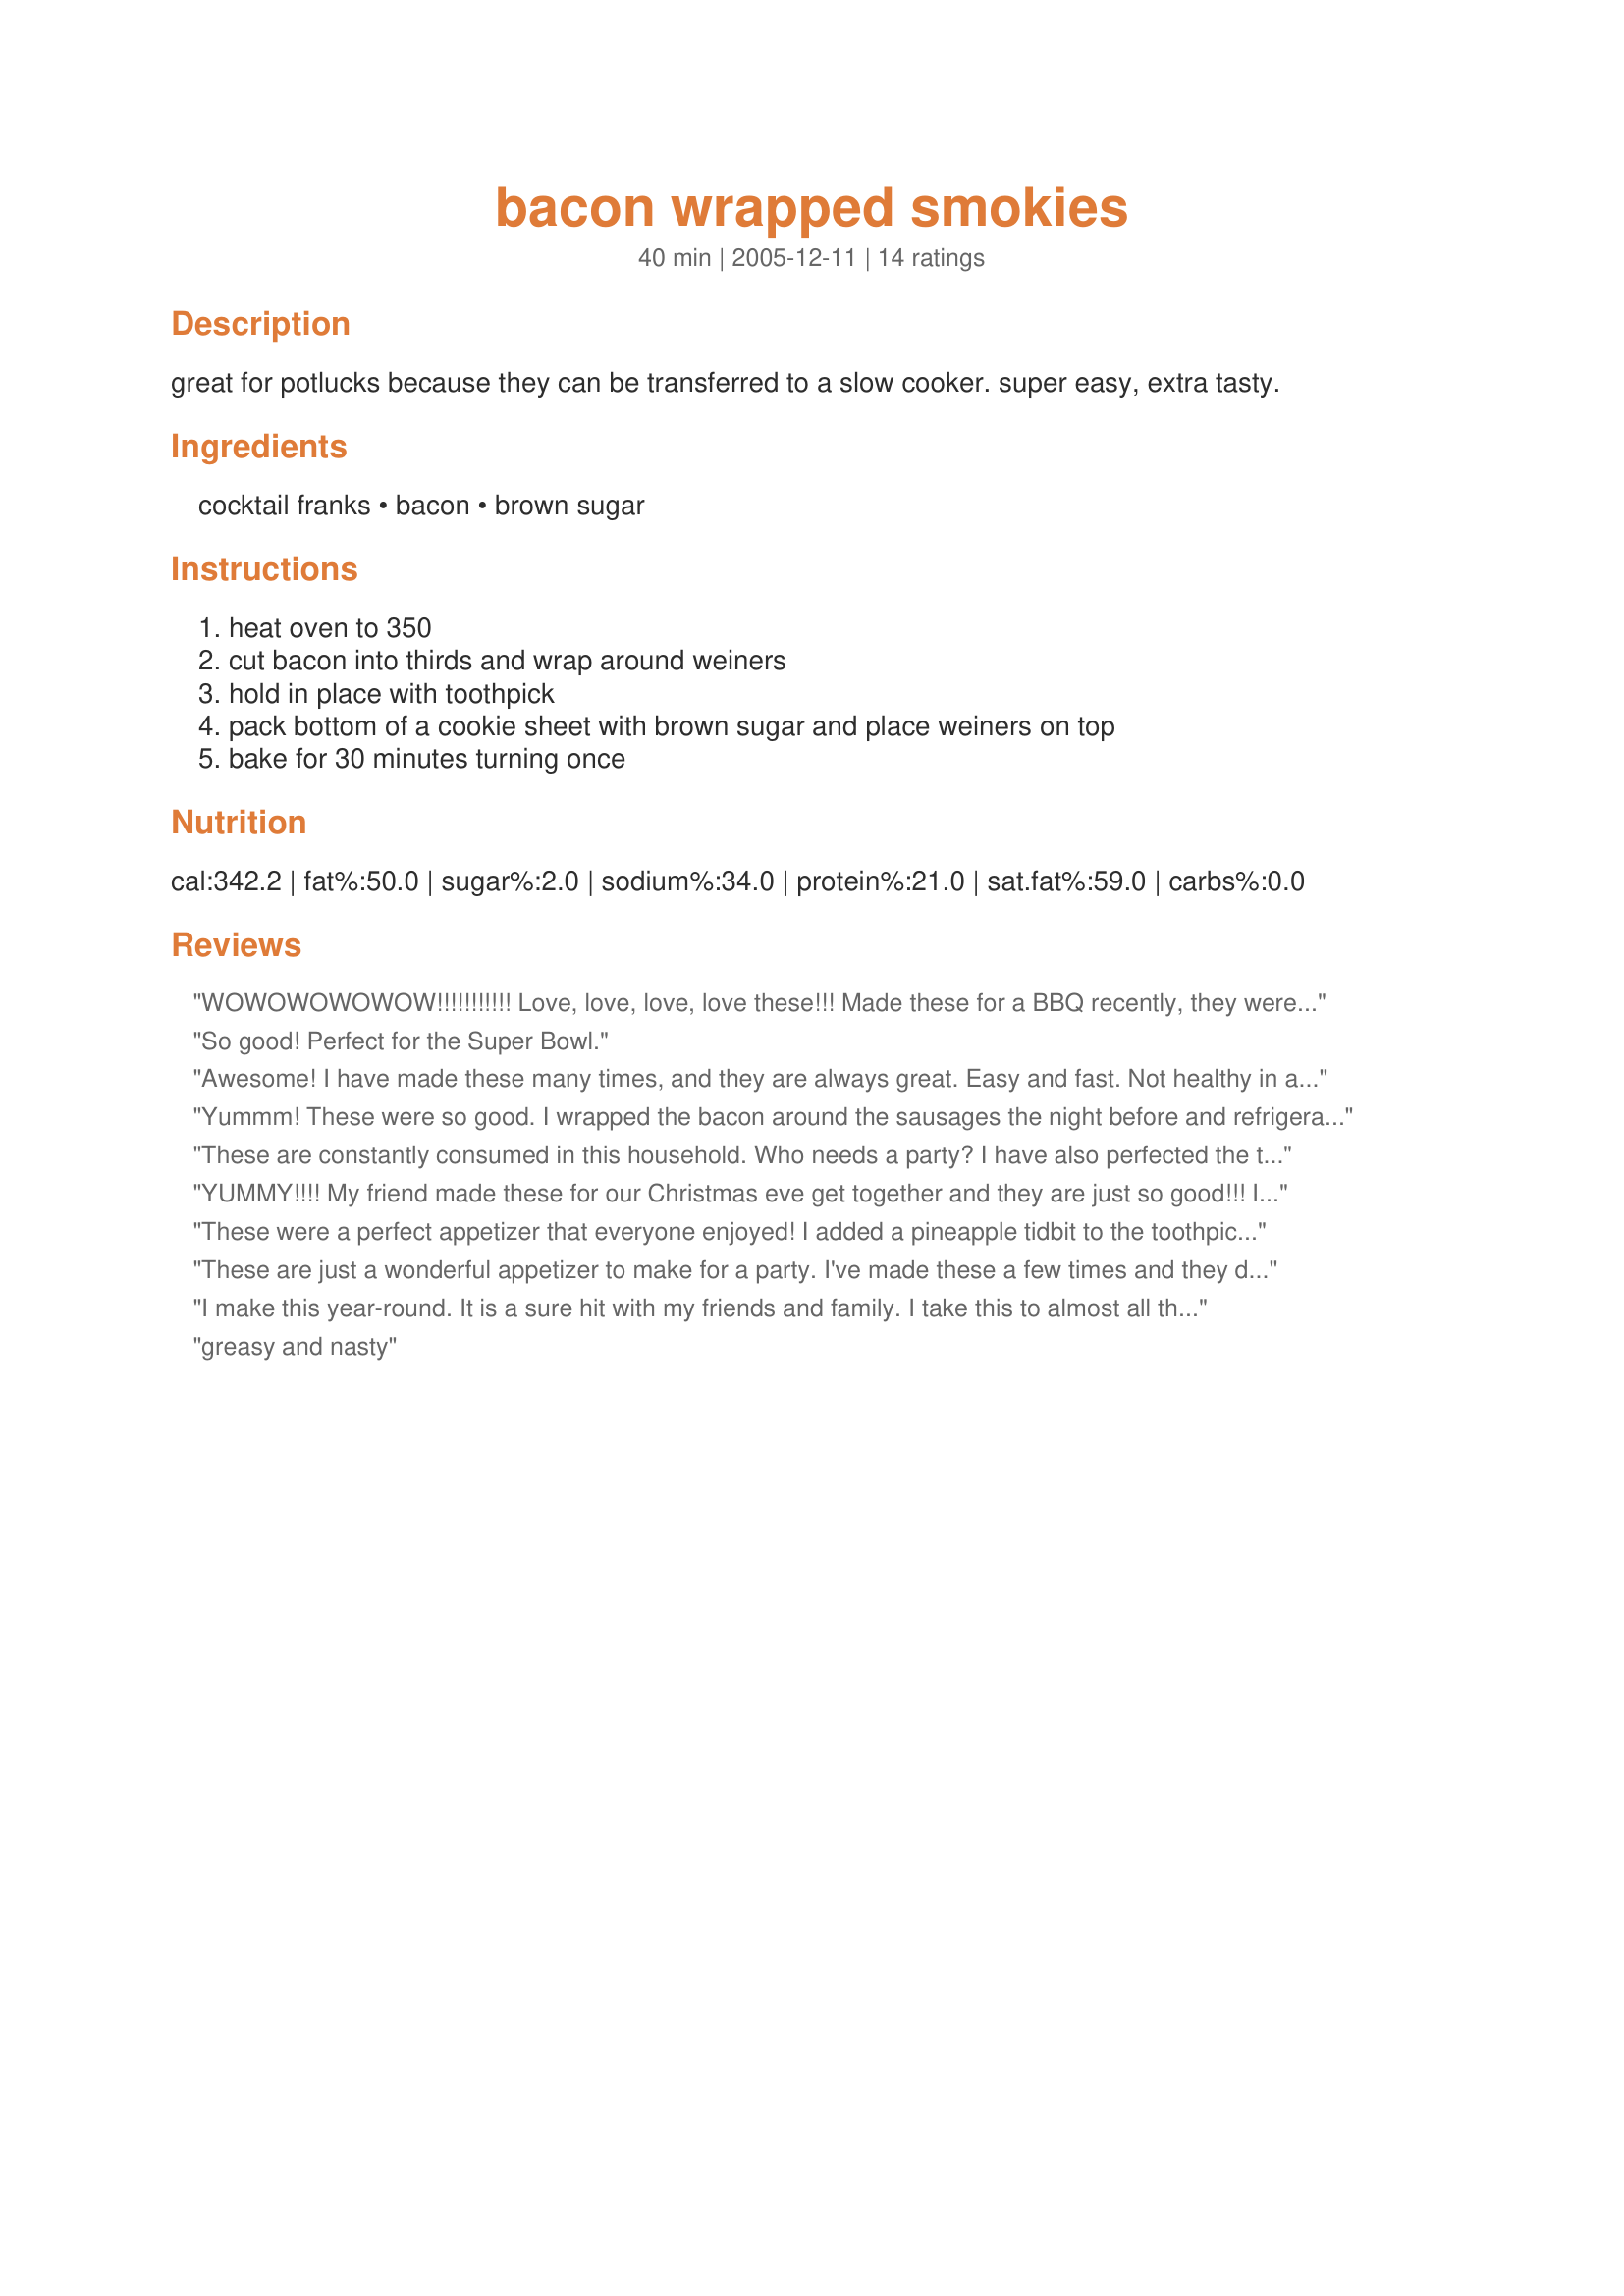
bacon wrapped smokies
Preparation time: 40 minutes

great for potlucks because they can be transferred to a slow cooker. super easy, extra tasty.

Ingredients:
cocktail franks, bacon, brown sugar

Steps:
heat oven to 350, cut bacon into thirds and wrap around weiners, hold in place with toothpick, pack bottom of a cookie sheet with brown sugar and place weiners on top, bake for 30 minutes turning once

Reviews:
WOWOWOWOWOW!!!!!!!!!!! Love, love, love, love these!!! Made these for a BBQ recently, they were the first to go. Everyone RAVED about them! Thanks for posting.
So good! Perfect for the Super Bowl.
Awesome! I have made these many times, and they are always great. Easy and fast. Not healthy in anyway, but that's what makes them so good. :-)
Just make sure to use a disposable pan, or a pan lined with foil because the clean up can be nasty otherwise.
Dh likes them with the cheddar smokies too...
Yummm! These were so good. I wrapped the bacon around the sausages the night before and refrigerated them. Then all I had to do to have them ready for company was LINE THE PAN WITH FOIL (thank you so much for the suggestion Megan's Mommy) and bake them on top of the brown sugar. They were a big hit. Thanks.
These are constantly consumed in this household. Who needs a party? I have also perfected the time for my microwave and it makes a totally different sauce than when baked. I just put them in a shallow dish and cover with brown sugar like usual, and microwave them for about 2 minutes on full power, depending on how many I'm cooking. The brown sugar and bacon drippings form this wonderful flavored caramel-like sauce that just wraps around the bacon and smokies. YUMMY and FAST!
They were enjoyed by us all at my Cousins party (except the vegetarian) and that was all right with us, because that meant we could eat more!
YUMMY!!!! My friend made these for our Christmas eve get together and they are just so good!!! I plan on making these for my new years eve Christmas party.
These were a perfect appetizer that everyone enjoyed! I added a pineapple tidbit to the toothpick before serving for an extra garnish!
These are just a wonderful appetizer to make for a party. I've made these a few times and they disappear fast. Everyone seems to like the sweet and salty taste. I do use a foil lined cookie sheet and it makes clean up a breeze. Also, after cutting the bacon into thirds, I work with 1/3 at a time, and keep the rest of the bacon in the fridge. It seems to wrap better if it stays cold. I'll be making these a lot with football season here. Thanks for posting this great recipe.
I make this year-round. It is a sure hit with my friends and family. I take this to almost all the events that I attend that involve eating. :-) They are just so good. 

Here is how I make mine. I wrap the bacon around the little smokies then secure with a toothpick. Roll them in brown sugar (about 1 1/2 - 2 cups). Place them into a foil-lined 13x9 inch pan, cover. Place the pan into refrigerator over night (or at least 4 hours). Sprinkle with 2-3 Tablespoons of brown sugar. Bake them at 350 degrees for 30 minutes. Sprinkle an additional 2-3 Tablespoons of brown sugar on top.
greasy and nasty
I used this recipe for a party I had recently and these were a definate hit! I should have made a double batch and I would recommend anyone else do so if they are having a party. I wrapped the snokies thse day before, cooked them the morning of, and put them in the crockpot on warm until the party. Excellent and Easy!! Thank you.
I am requested to make these when I am invited to any party, usually I have to double the recipe because they go so fast. I do a few things differently like put the brown sugar on top and cook them at 400 for about an hour. I've also learned to not use any good cookie sheets for these because they are a pain to clean after you cook them. Darn good recipe and I've never gotten a complaint about them being too greasy
made these tonight for new year's because our teenager was having friends over and they kept asking for more. :) These went so fast next time I might have to make 2 lbs of them. Thank you so much cricket for a wonderful wonderful recipe. highly recommended
:)
My cousin made these for a potluck recently and I couldn't BELIEVE how easy they were! I'm so glad you posted this on here so I can add it to my online cookbook!
